[Report on the health of British troops in the Madras command]
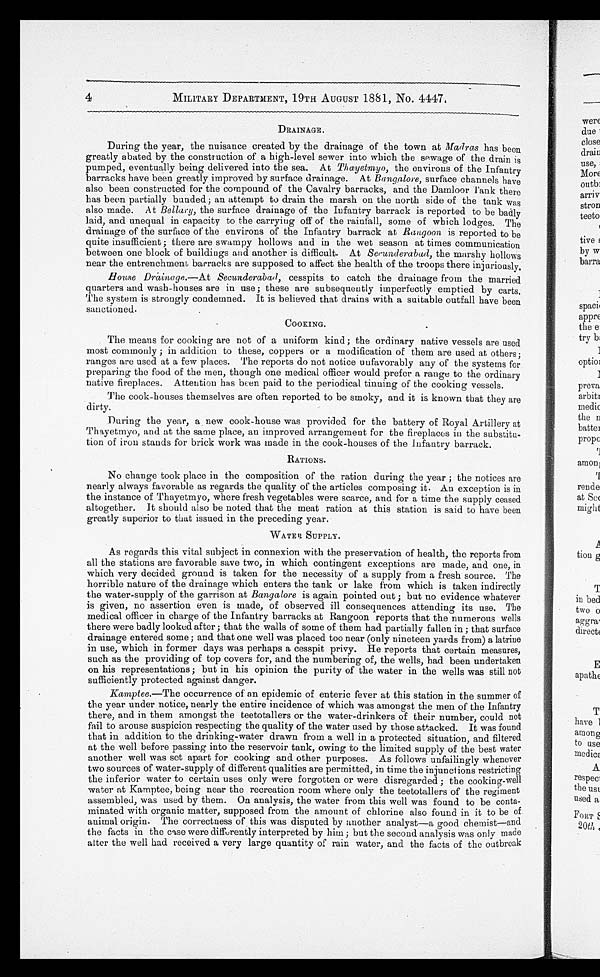
4
MILITARY DEPARTMENT, 19TH AUGUST 1881, No. 4447.
DRAINAGE.
During the year, the nuisance created by the drainage of the town at Madras has been
greatly abated by the construction of a high-level sewer into which the sewage of the drain is
pumped, eventually being delivered into the sea. At Thayetmyo, the environs of the Infantry
barracks have been greatly improved by surface drainage. At Bangalore, surface channels have
also been constructed for the compound of the Cavalry barracks, and the Damloor Tank there
has been partially bunded ; an attempt to drain the marsh on the north side of the tank was
also made. At Bellary, the surface drainage of the Infantry barrack is reported to be badly
laid, and unequal in capacity to the carrying off of the rainfall, some of which lodges. The
drainage of the surface of the environs of the Infantry barrack at Rangoon is reported to be
quite insufficient ; there are swampy hollows and in the wet season at times communication
between one block of buildings and another is difficult. At Secunderabad, the marshy hollows
near the entrenchment barracks are supposed to affect the health of the troops there injuriously.
House Drainage.—At Secunderabad, cesspits to catch the drainage from the married
quarters and wash-houses are in use; these are subsequently imperfectly emptied by carts.
The system is strongly condemned. It is believed that drains with a suitable outfall have been
sanctioned.
COOKING.
The means for cooking are not of a uniform kind ; the ordinary native vessels are used
most commonly ; in addition to these, coppers or a modification of them are used at others;
ranges are used at a few places. The reports do not notice unfavorably any of the systems for
preparing the food of the men, though one medical officer would prefer a range to the ordinary
native fireplaces. Attention has been paid to the periodical tinning of the cooking vessels.
The cook-houses themselves are often reported to be smoky, and it is known that they are
dirty.
During the year, a new cook-house was provided for the battery of Royal Artillery at
Thayetmyo, and at the same place, an improved arrangement for the fireplaces in the substitu
-tion of iron stands for brick work was made in the cook-houses of the Infantry barrack.
RATIONS.
No change took place in the composition of the ration during the year ; the notices are
nearly always favorable as regards the quality of the articles composing it. An exception is in
the instance of Thayetmyo, where fresh vegetables were scarce, and for a time the supply ceased
altogether. It should also be noted that the meat ration at this station is said to have been
greatly superior to that issued in the preceding year.
WATER SUPPLY.
As regards this vital subject in connexion with the preservation of health, the reports from
all the stations are favorable save two, in which contingent exceptions are made, and one, in
which very decided ground is taken for the necessity of a supply from a fresh source. The
horrible nature of the drainage which enters the tank or lake from which is taken indirectly
the water-supply of the garrison at Bangalore is again pointed out ; but no evidence whatever
is given, no assertion even is made, of observed ill consequences attending its use. The
medical officer in charge of the Infantry barracks at Rangoon reports that the numerous wells
there were badly looked after ; that the walls of some of them had partially fallen in ; that surface
drainage entered some ; and that one well was placed too near (only nineteen yards from) a latrine
in use, which in former days was perhaps a cesspit privy. He reports that certain measures,
such as the providing of top covers for, and the numbering of, the wells, had been undertaken
on his representations ; but in his opinion the purity of the water in the wells was still not
sufficiently protected against danger.
Kamptee.—The occurrence of an epidemic of enteric fever at this station in the summer of
the year under notice, nearly the entire incidence of which was amongst the men of the Infantry
there, and in them amongst the teetotallers or the water-drinkers of their number, could not
fail to arouse suspicion respecting the quality of the water used by those attacked. It was found
that in addition to the drinking-water drawn from a well in a protected situation, and filtered
at the well before passing into the reservoir tank, owing to the limited supply of the best water
another well was set apart for cooking and other purposes. As follows unfailingly whenever
two sources of water-supply of different qualities are permitted, in time the injunctions restricting
the inferior water to certain uses only were forgotten or were disregarded ; the cooking-well
water at Kamptee, being near the recreation room where only the teetotallers of the regiment
assembled, was used by them. On analysis, the water from this well was found to be conta
-minated with organic matter, supposed from the amount of chlorine also found in it to be of
animal origin. The correctness of this was disputed by another analyst—a good chemist—and
the facts in the case were differently interpreted by him ; but the second analysis was only made
alter the well had received a very large quantity of rain water, and the facts of the outbreak